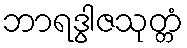
ဘာရဒွါဇသုတ္တံ